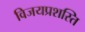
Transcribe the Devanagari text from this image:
विजयप्रशस्ति